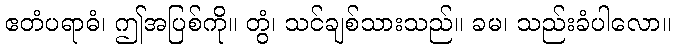
ဧတံပရာဓံ၊ ဤအပြစ်ကို။ တွံ၊ သင်ချစ်သားသည်။ ခမ၊ သည်းခံပါလော။